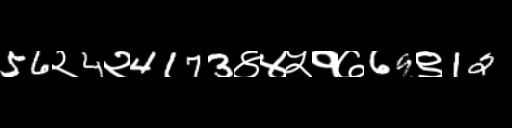
Text: 56२4२4173४४५१७69९12